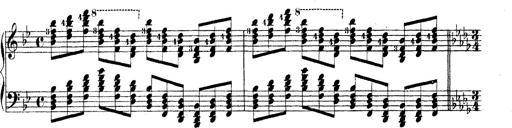
Title: Technische Studien
Composer: Franz Liszt